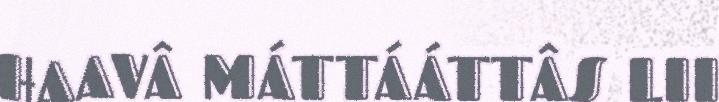
HAAVÂ MÁTTÁÁTTÂS LII